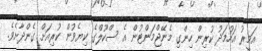
އަމީރު އަހުމަދު ކުރިން ހިންގި މެނޭޖްމަންޓުން އެ ސްކޫލްގެ ކިޔެވުން ކުރިއަށް ގެންދާށެވެ.